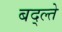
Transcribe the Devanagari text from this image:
बद्ल्ते